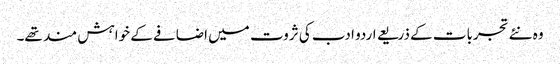
وہ نئے تجربات کے ذریعے اردو ادب کی ثروت میں اضافے کے خواہش مند تھے۔